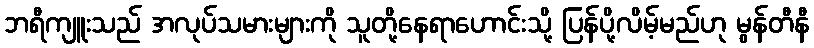
ဘရီကျူးသည် အလုပ်သမားများကို သူတို့နေရာဟောင်းသို့ ပြန်ပို့လိမ့်မည်ဟု မွန်တီနီ